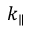
k _ { \parallel }